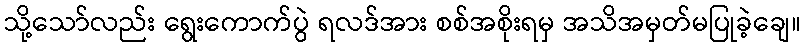
သို့သော်လည်း ရွေးကောက်ပွဲ ရလဒ်အား စစ်အစိုးရမှ အသိအမှတ်မပြုခဲ့ချေ။